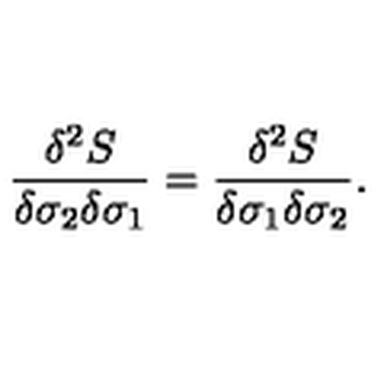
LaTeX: { \frac { \delta ^ { 2 } S } { \delta \sigma _ { 2 } \delta \sigma _ { 1 } } } = { \frac { \delta ^ { 2 } S } { \delta \sigma _ { 1 } \delta \sigma _ { 2 } } } .